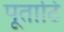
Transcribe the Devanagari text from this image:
पूताटि